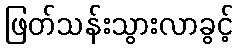
ဖြတ်သန်းသွားလာခွင့်